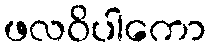
ဖလဝိပါကော